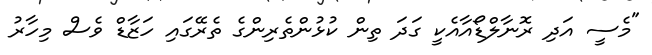
"މެސީ އަދި ރޮނާލްޑޯއާއެކީ ގަދަ ތިން ކުޅުންތެރިންގެ ތެރޭގައި ހަޒާޑް ވެސް މިހާރު